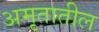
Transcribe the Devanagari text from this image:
अमृतातील